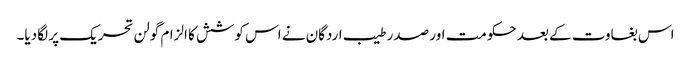
اس بغاوت کے بعد حکومت اور صدر طیب اردگان نے اس کوشش کا الزام گولن تحریک پر لگا دیا۔